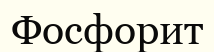
Фосфорит